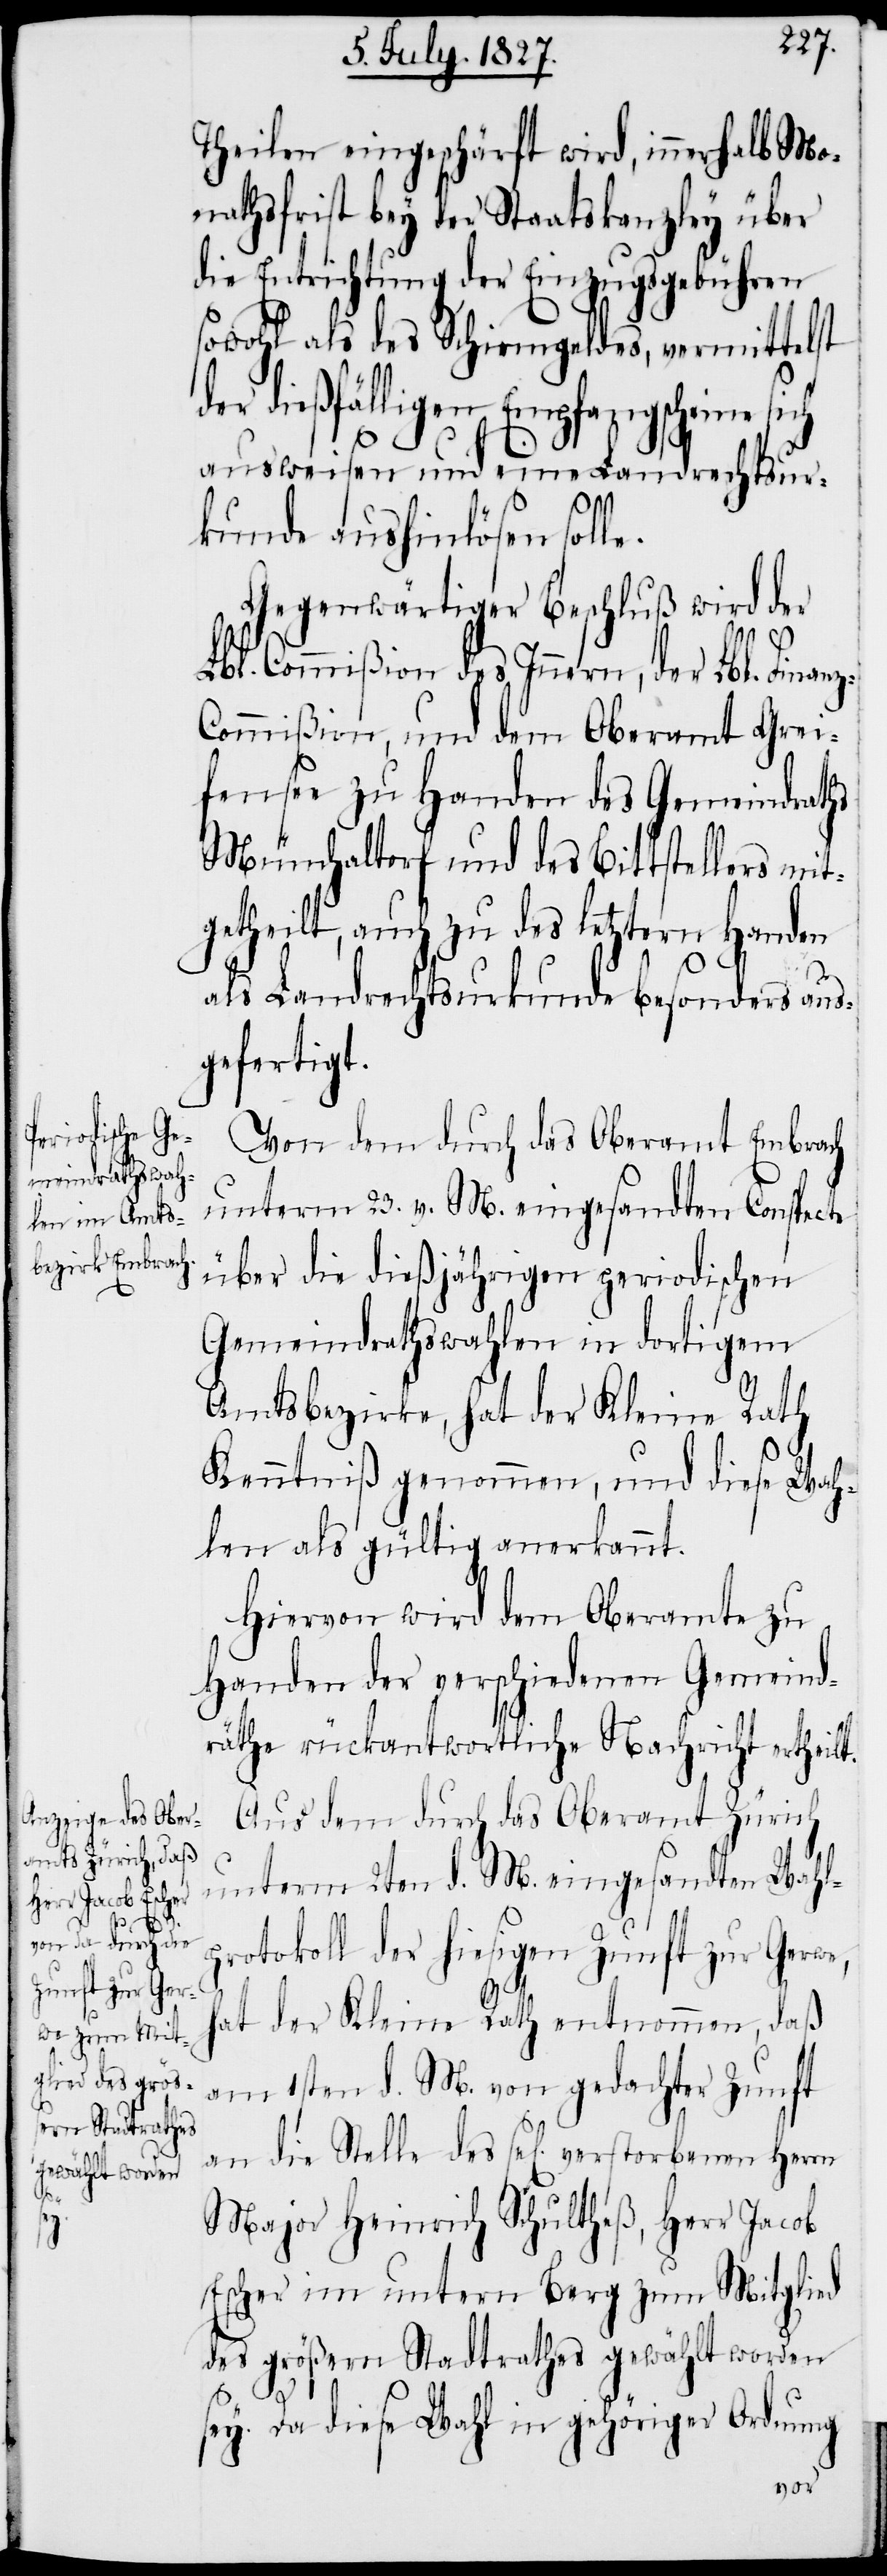
z-C¬
e.

Theilen eingeschärft wird, innerhalb Mo¬
nathsfrist bey der Staatskanzley über
die Entrichtung der Einzugsgebühren
sowohl als des Schirmgeldes, vermittelst
der dießfälligen Empfangsscheine
ausweisen und eine Landrechtsur¬
kunde aushinlösen soll¬
Gegenwärtiger Beschluß wird der
Lbl. Commißion des Innern, der Lbl. Finan¬
ommißion, und dem Oberamt Grei¬
fensee zu Handen des Gemeindraths
Mönchaltorf und des Bittstellers mit¬
getheilt, auch zu des letztern Handen
als Landrechtsurkunde besonders aus¬
gefertigt.
Von dem durch das Oberamt Embrach
unterm 23. v. M. eingesandten Conspecte
über die dießjährigen periodischen
Gemeindrathswahlen in dortigem
Amtsbezirke, hat der Kleine Rath
Kenntniß genommen, und diese Wah¬
len als gültig anerkannt.
Hiervon wird dem Oberamt zu
Handen der verschiedenen Gemeind¬
räthe rückantwortliche Nachricht ertheilt.
Aus dem durch das Oberamt Zürich
unterm 2ten d. M. eingesandten Wahl¬
protokoll der hiesigen Zunft zur Gerwe,
hat der Kleine Rath entnommen, daß
am 1sten d. M. von gedachter Zunft
an die Stelle des sel[ig] verstorbenen Herrn
Major Heinrich Schultheß, Herr Jacob
Escher im untern Berg zum Mitglied
des größern Stadtrathes gewählt worden
sey. Da diese Wahl in gehöriger Ordnung